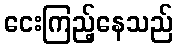
ငေးကြည့်နေသည်